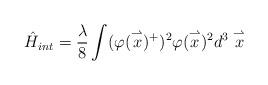
LaTeX: \begin{align*}\hat H_{int}=\frac{\lambda}{8}\int(\varphi(\stackrel{\rightharpoonup}{x})^+)^2\varphi(\stackrel{\rightharpoonup}{x})^2 d^3\stackrel{\rightharpoonup}{x}\end{align*}